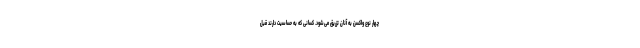
چهار نوع واکسن به آنان تزریق می‌شود. کسانی که به حساسیت دارند قبل